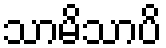
သာမိသာပိ